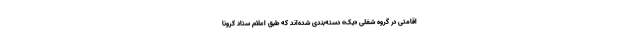
اقامتی در گروه شغلی «یک» دسته‌بندی شده‌اند که طبق اعلام ستاد کرونا